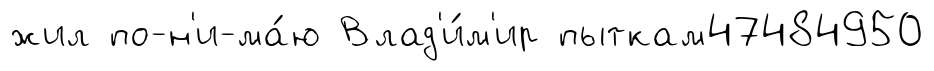
жил по-н'и-ма́ю Влад'и́м'ир пыткам47484950